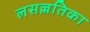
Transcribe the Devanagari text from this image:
लसल्लतिका